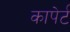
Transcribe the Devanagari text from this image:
कापेर्ट